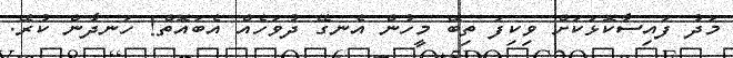
މަދު ފައިސާކޮޅަކަށް ވިކިފަ ތިބޭ މީހުން އެނގޭ ދުވަހެއް އެބައޮތް! ހަނދާން ކުރޭ.